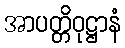
အာပတ္တိဝုဋ္ဌာနံ